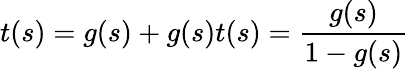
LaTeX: t(s)=g(s)+g(s)t(s)={\frac{g(s)}{1-g(s)}}